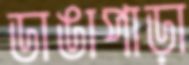
ডাঙাপাড়া